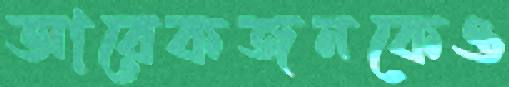
আরেকজনকেও